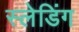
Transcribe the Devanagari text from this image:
स्लेडिंग